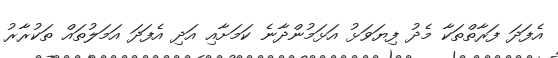
އެފަދަ ފަރާތްތަކާ މެދު ފިޔަވަޅު އަޅަމުންދާނެ ކަމަށާއި އަދި އެފަދަ އަމަލުތައް ތަކުރާރު